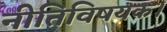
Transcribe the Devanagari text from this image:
नीतिविषयक।